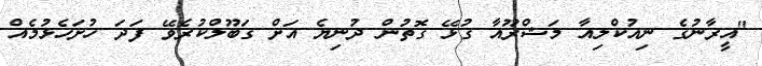
"އީރާނުގެ ނިއުކްލިއާ މަޝްރޫއާ ގުޅޭ ގޮތުން ދުނިޔެ އަށް ގަބޫލްކުރެވޭ ފަދަ ހުށަހެޅުމެއް